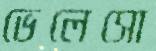
ভেলেসো